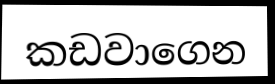
කඩවාගෙන